Annual report of the Punjab Veterinary College and of the Civil Veterinary Department, Punjab - 1894-1908
Year: 1894
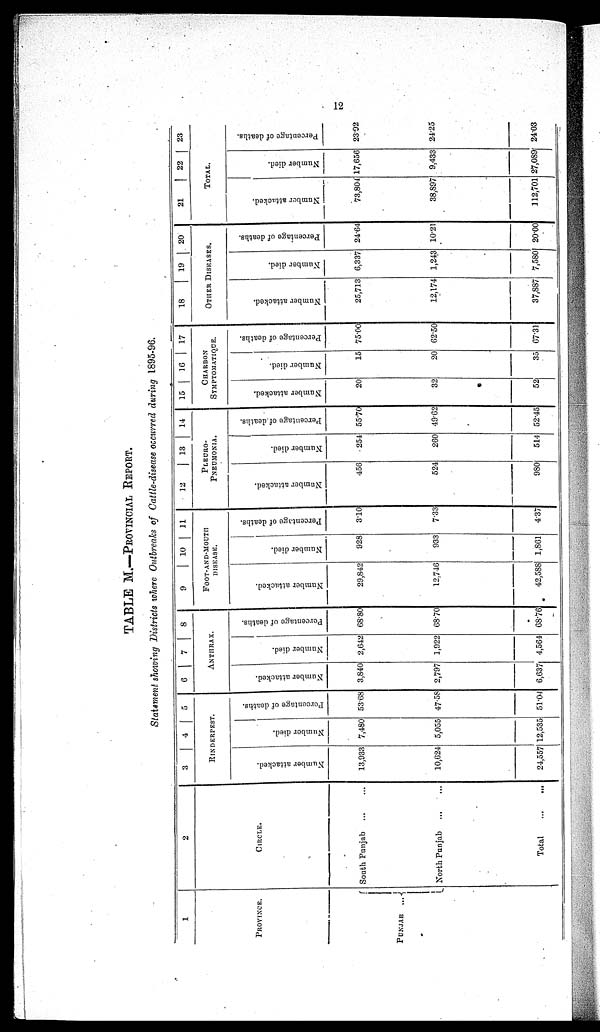
12
TABLE M.—PROVINCIAL REPORT.
Statement showing Districts where Outbreaks of Cattle-disease occurred during 1895-96.
1
PROVINCE.
PUNJAB
...
2
CIRCLE.
South Punjab ... ...
North Punjab ... ...
Total
...
...
3
4 5
RINDERPEST.
Number attacked.
13,933
10,624
24,557
Number died.
7,480
5,055
12,535
Percentage of deaths.
53.68
47.58
51.04
6 7 8
ANTHRAX.
Number attacked.
3,840
2,797
6,637
Number died.
2,642
1,922
4,564
Percentage of deaths.
68.80
68.70
68.76
9
10
11
FOOT-AND-MOUTH
DISEASE.
Number attacked.
29,842
12,746
42,588
Number died.
928
933
1,861
Percentage of deaths.
3.10
7.33
4.37
12
13
14
-------
PNEUMONIA
Number attacked.
456
524
980
Number died.
254
260
514
Percentage of deaths.
55.70
49.62
52.45
15
10
17
CHARBON
SYMPTOMATIQUE.
Number attacked.
20
32
52
Number died.
15
20
35
Percentage of deaths.
75.00
62.50
67.31
18
19
20
OTHER DISEASES.
Number attacked.
25,713
12,174
37,887
Number died.
6,337
1,243
7,580
Percentage of deaths.
24.64
10.21
20.00
21
22
23
TOTAL.
Number attacked.
73,804
38,897
112,701
Number died.
17,656
9,433
27,089
Percentage of deaths.
23.92
24.25
24.03